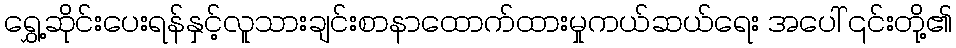
ရွှေ့ဆိုင်းပေးရန်နှင့်လူသားချင်းစာနာထောက်ထားမှုကယ်ဆယ်ရေး အပေါ် ၎င်းတို့၏